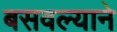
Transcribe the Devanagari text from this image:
बसवल्याने